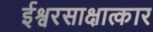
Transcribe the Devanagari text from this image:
ईश्वरसाक्षात्कार